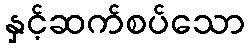
နှင့်ဆက်စပ်သော